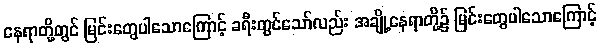
နေရာတို့တွင် မြင်းတွေပါသောကြောင့် ခရီးတွင်သော်လည်း အချို့နေရာတို့၌ မြင်းတွေပါသောကြောင့်